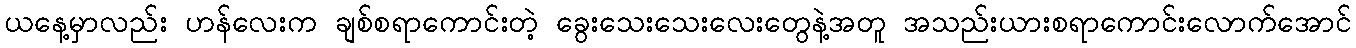
ယနေ့မှာလည်း ဟန်လေးက ချစ်စရာကောင်းတဲ့ ခွေးသေးသေးလေးတွေနဲ့အတူ အသည်းယားစရာကောင်းလောက်အောင်